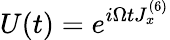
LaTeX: U(t)=e^{i\Omega tJ_{x}^{(6)}}